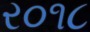
ર૦૧૮